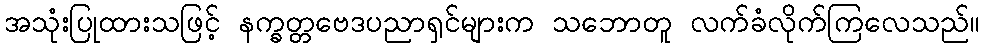
အသုံးပြုထားသဖြင့် နက္ခတ္တဗေဒပညာရှင်များက သဘောတူ လက်ခံလိုက်ကြလေသည်။